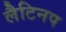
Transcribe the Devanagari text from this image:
लैटिनप